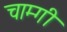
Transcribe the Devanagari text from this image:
चाम्गी